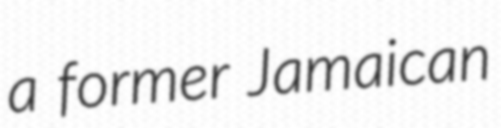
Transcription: a former Jamaican